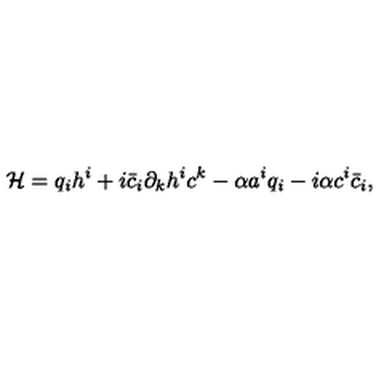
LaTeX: { \cal H } = q _ { i } h ^ { i } + i \bar { c } _ { i } \partial _ { k } h ^ { i } c ^ { k } - \alpha a ^ { i } q _ { i } - i \alpha c ^ { i } \bar { c } _ { i } ,